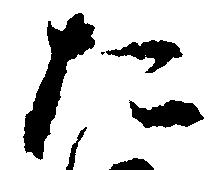
た